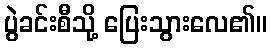
ပွဲခင်းစီသို့ ပြေးသွားလေ၏။